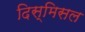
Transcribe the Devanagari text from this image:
दिस्मिसल